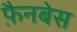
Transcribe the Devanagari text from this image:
फ़ैनबेस